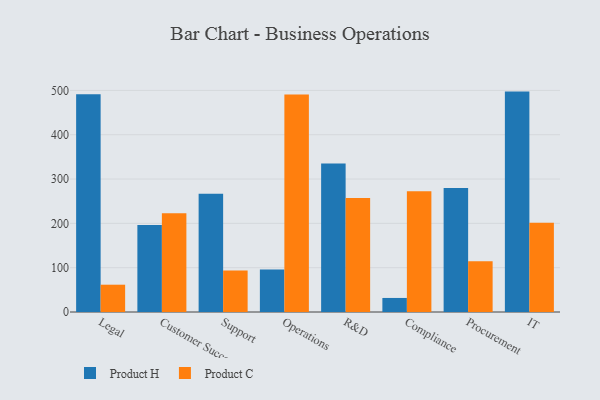
{"axis": {"x": "Department", "y": "Population (Million)"}, "legend": ["Product C", "Product H"], "data": [{"x": "Legal", "y": 491.6, "type": "Product H"}, {"x": "Legal", "y": 61.6, "type": "Product C"}, {"x": "Customer Success", "y": 196.1, "type": "Product H"}, {"x": "Customer Success", "y": 222.6, "type": "Product C"}, {"x": "Support", "y": 266.6, "type": "Product H"}, {"x": "Support", "y": 93.8, "type": "Product C"}, {"x": "Operations", "y": 96.0, "type": "Product H"}, {"x": "Operations", "y": 491.0, "type": "Product C"}, {"x": "R&D", "y": 335.2, "type": "Product H"}, {"x": "R&D", "y": 257.5, "type": "Product C"}, {"x": "Compliance", "y": 31.7, "type": "Product H"}, {"x": "Compliance", "y": 272.6, "type": "Product C"}, {"x": "Procurement", "y": 279.7, "type": "Product H"}, {"x": "Procurement", "y": 114.4, "type": "Product C"}, {"x": "IT", "y": 497.3, "type": "Product H"}, {"x": "IT", "y": 201.1, "type": "Product C"}]}